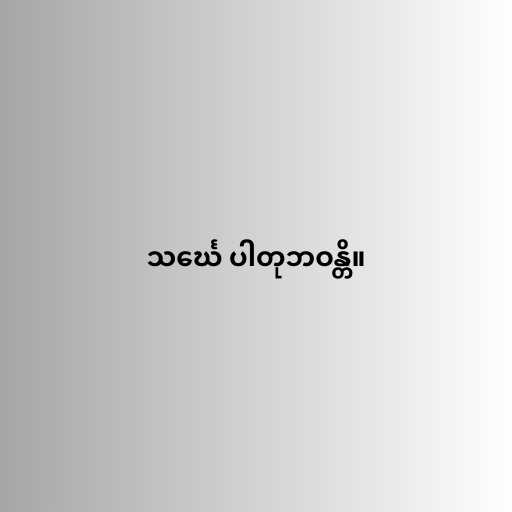
သင်္ဃေ ပါတုဘဝန္တိ။